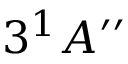
3 ^ { 1 } A ^ { \prime \prime }